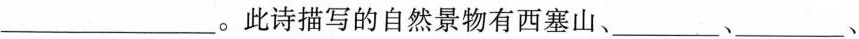
____。此诗描写的自然景物有西塞山、_、_